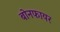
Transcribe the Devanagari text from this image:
बोनफायर